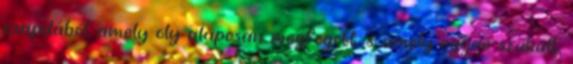
csapdából, amely oly alaposan megfogott, s amely egyre szűkült,